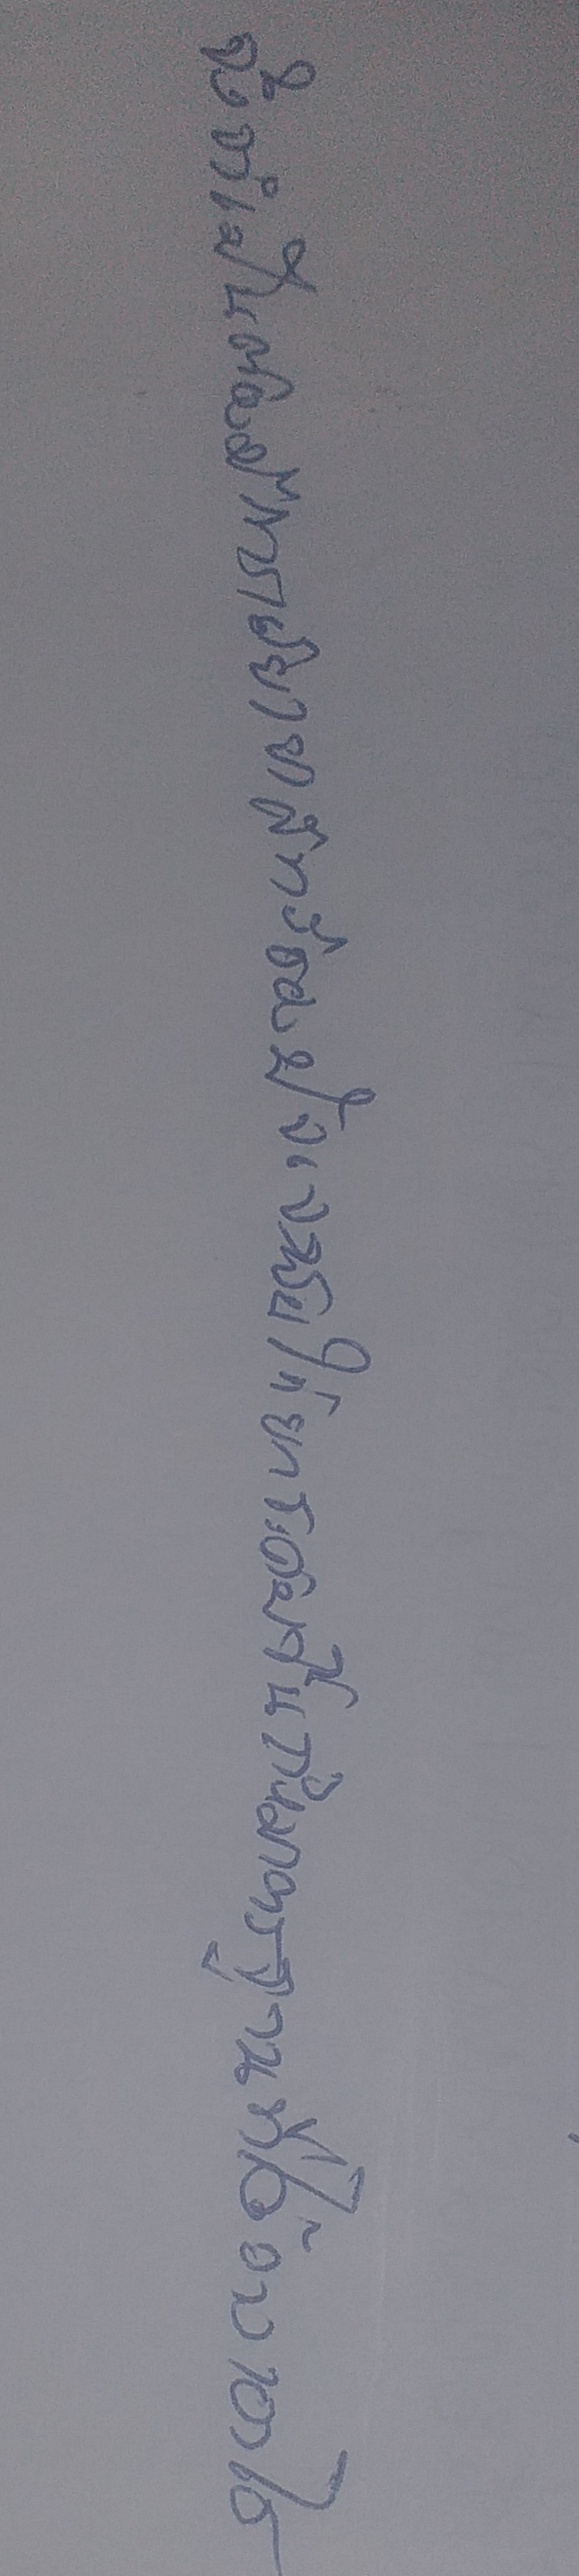
จึงจำเป็นต้องมีการเยียวยาสิทธิของปัจเจกชนให้ยกระดับขึ้นถึงมาตรฐานที่ได้วางเอาไว้